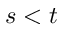
s < t